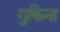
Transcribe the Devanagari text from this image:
गुकिना